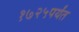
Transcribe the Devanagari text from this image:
१७२५पर्यंत